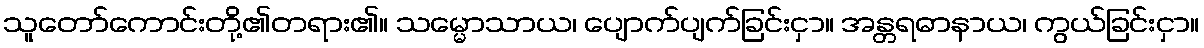
သူတော်ကောင်းတို့၏တရား၏။ သမ္မောသာယ၊ ပျောက်ပျက်ခြင်းငှာ။ အန္တရဓာနာယ၊ ကွယ်ခြင်းငှာ။